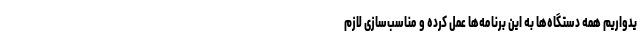
یدواریم همه دستگاه‌ها به این برنامه‌ها عمل کرده و مناسب‌سازی لازم